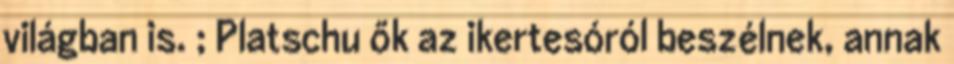
világban is. ; Platschu ők az ikertesóról beszélnek, annak